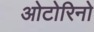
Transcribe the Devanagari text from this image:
ओटोरिनो